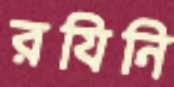
রযিনি